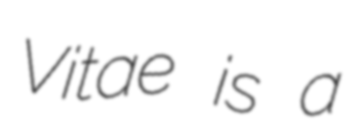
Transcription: Vitae is a